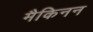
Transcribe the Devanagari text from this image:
मैकिनन